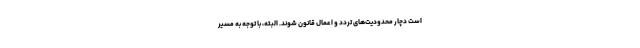
است دچار محدودیت‌های تردد و اعمال قانون شوند. البته، با توجه به مسیر